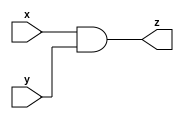
module and_gate_32 (x, y, z);
  input [31:0] x;
  input [31:0] y;
  output [31:0] z;
  
  assign z = (x&y) ;
  
  
endmodule